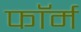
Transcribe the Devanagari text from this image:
फाॅर्म